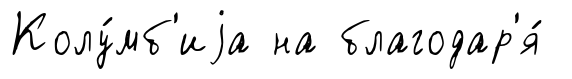
Колу́мб'иjа на благодар'я́